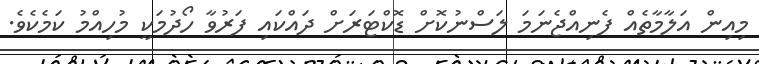
މިއިން އަލާމާތެއް ފެނިއްޖެނަމަ ލަސްނުކޮށް ޑޮކްޓަރަށް ދައްކައި ފަރުވާ ހޯދުމަކީ މުހިއްމު ކަމެކެވެ.